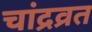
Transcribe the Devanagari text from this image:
चांद्रव्रत